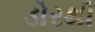
ડોરથી